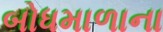
બોધમાળાના